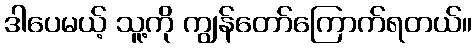
ဒါပေမယ့် သူ့ကို ကျွန်တော်ကြောက်ရတယ်။